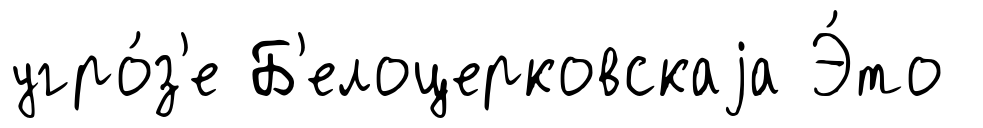
угро́з'е Б'елоцерковскаjа Э́то